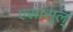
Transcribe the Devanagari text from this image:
एसासुल्